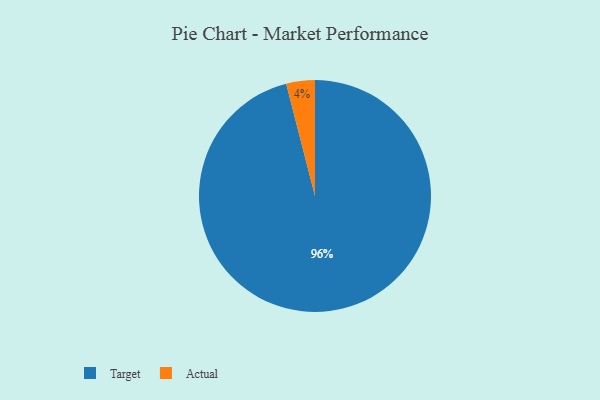
{"axis": {"x": "Category", "y": "Percentage"}, "legend": ["Actual", "Target"], "data": [{"x": "Actual", "y": 4, "type": "Actual"}, {"x": "Target", "y": 96, "type": "Target"}]}